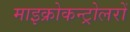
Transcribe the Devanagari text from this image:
माइक्रोकन्ट्रोलरों